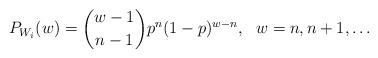
LaTeX: \begin{align*}P_{W_i}(w)= {{w-1}\choose{n-1}} p^n (1-p)^{w-n}, \ \ w=n,n+1,\ldots \end{align*}